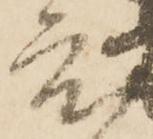
度